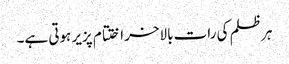
ہر ظلم کی رات بالاخر اختتام پزیر ہوتی ہے۔